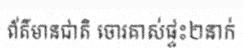
ព័ត៌មានជាតិ ចោរគាស់ផ្ទះ២នាក់